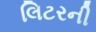
લિટરની